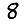
Digit: 8